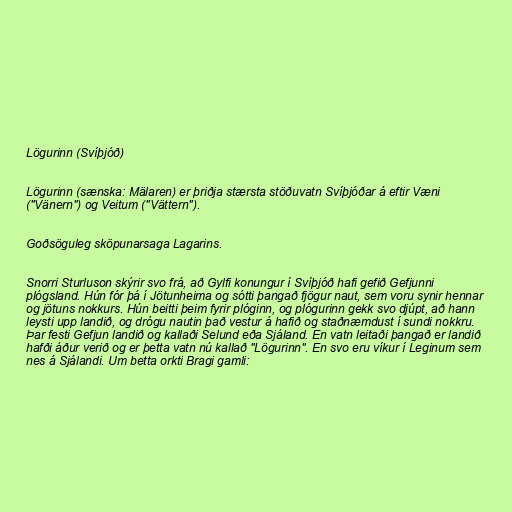
Lögurinn (Svíþjóð)

Lögurinn (sænska: Mälaren) er þriðja stærsta stöðuvatn Svíþjóðar á eftir Væni
("Vänern") og Veitum ("Vättern").

Goðsöguleg sköpunarsaga Lagarins.

Snorri Sturluson skýrir svo frá, að Gylfi konungur í Svíþjóð hafi gefið Gefjunni
plógsland. Hún fór þá í Jötunheima og sótti þangað fjögur naut, sem voru synir hennar
og jötuns nokkurs. Hún beitti þeim fyrir plóginn, og plógurinn gekk svo djúpt, að hann
leysti upp landið, og drógu nautin það vestur á hafið og staðnæmdust í sundi nokkru.
Þar festi Gefjun landið og kallaði Selund eða Sjáland. En vatn leitaði þangað er landið
hafði áður verið og er þetta vatn nú kallað "Lögurinn". En svo eru víkur í Leginum sem
nes á Sjálandi. Um betta orkti Bragi gamli: